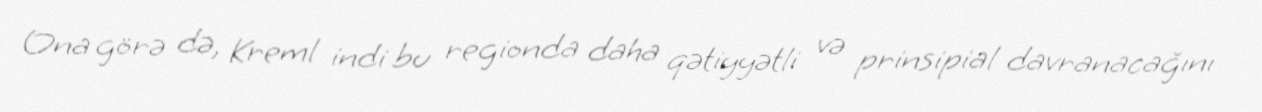
Ona görə də, Kreml indi bu regionda daha qətiyyətli və prinsipial davranacağını